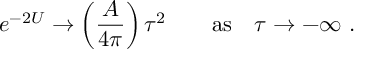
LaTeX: e ^ { - 2 U } \rightarrow \left( { \frac { A } { 4 \pi } } \right) \tau ^ { 2 } \qquad \mathrm { a s } \quad \tau \rightarrow - \infty \ .